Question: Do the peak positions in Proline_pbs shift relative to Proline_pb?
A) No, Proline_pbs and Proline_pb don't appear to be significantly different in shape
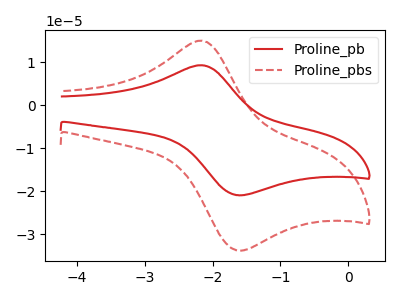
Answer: <think>The red curve "Proline_pb" has an anodic peak at (-2.20V, 9.30uA) and a cathodic peak at (-1.65V, -20.90uA). The red dashed curve "Proline_pbs" has an anodic peak at (-2.20V, 15.00uA) and a cathodic peak at (-1.65V, -33.70uA).
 All the peaks in "Proline_pbs" have a peak in "Proline_pb" at the same potential. Every peak in "Proline_pbs" is higher than every peak in "Proline_pb".</think>
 <answer>A) No, "Proline_pbs" and "Proline_pb" don't appear to be significantly different in shape</answer>
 <eval>A</eval>